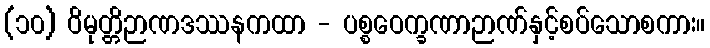
(၁၀) ဝိမုတ္တိဉာဏဒဿနကထာ - ပစ္စဝေက္ခဏာဉာဏ်နှင့်စပ်သောစကား။